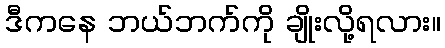
ဒီကနေ ဘယ်ဘက်ကို ချိုးလို့ရလား။